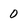
Character: 0